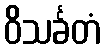
ဝိသင်္ခတံ